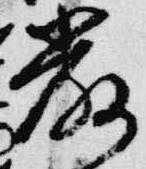
厳